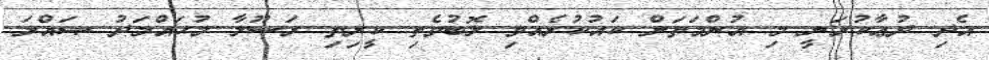
އެދި ދުޢާކުރަނީ މި އުންމަތަށް ކައުކުރެއްވި ލޮބުވެތި ކީރިތި ރަސޫލާ މުޙައްމަދު ޞައްލަ